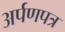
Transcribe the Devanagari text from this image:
अर्पणपत्र